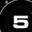
Digit: 5